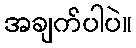
အချက်ပါပဲ။